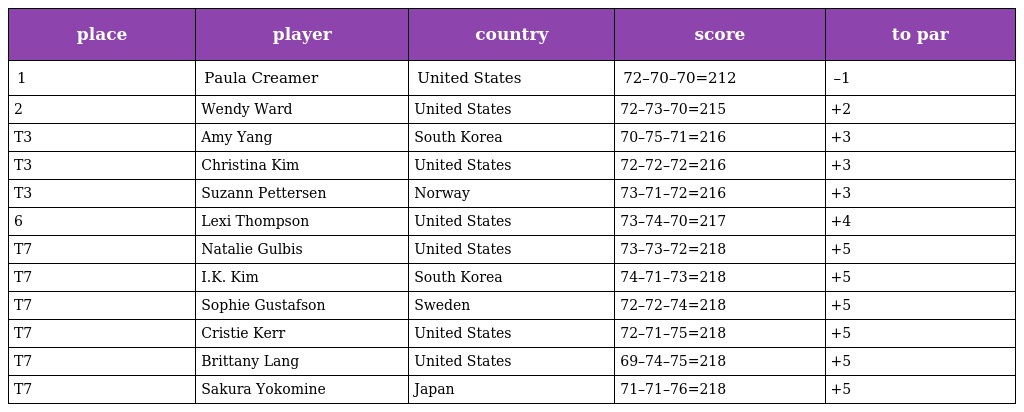
| place | player | country | score | to par |
 | --- | --- | --- | --- | --- |
 | 1 | Paula Creamer | United States | 72–70–70=212 | –1 |
 | 2 | Wendy Ward | United States | 72–73–70=215 | +2 |
 | T3 | Amy Yang | South Korea | 70–75–71=216 | +3 |
 | T3 | Christina Kim | United States | 72–72–72=216 | +3 |
 | T3 | Suzann Pettersen | Norway | 73–71–72=216 | +3 |
 | 6 | Lexi Thompson | United States | 73–74–70=217 | +4 |
 | T7 | Natalie Gulbis | United States | 73–73–72=218 | +5 |
 | T7 | I.K. Kim | South Korea | 74–71–73=218 | +5 |
 | T7 | Sophie Gustafson | Sweden | 72–72–74=218 | +5 |
 | T7 | Cristie Kerr | United States | 72–71–75=218 | +5 |
 | T7 | Brittany Lang | United States | 69–74–75=218 | +5 |
 | T7 | Sakura Yokomine | Japan | 71–71–76=218 | +5 |